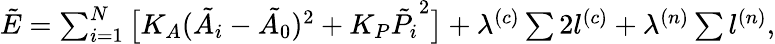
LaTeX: \begin{array}{r}{\tilde{E}=\sum_{i=1}^{N}\big[K_{A}(\tilde{A_{i}}-\tilde{A_{0}})^{2}+K_{P}\tilde{P_{i}}^{2}\big]+\lambda^{(c)}\sum 2l^{(c)}+\lambda^{(n)}\sum l^{(n)},}\end{array}